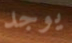
يوجد